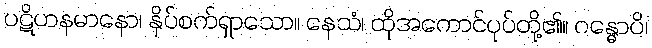
ပဋိဟနမာနော၊ နှိပ်စက်ရှာသော။ နေသံ၊ ထိုအကောင်ပုပ်တို့၏။ ဂန္ဓောပိ၊